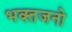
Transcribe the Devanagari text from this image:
भक्तजनो